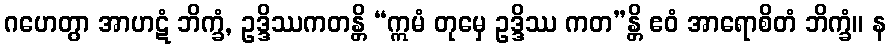
ဂဟေတွာ အာဟဋံ ဘိက္ခံ, ဥဒ္ဒိဿကတန္တိ “ဣမံ တုမှေ ဥဒ္ဒိဿ ကတ”န္တိ ဧဝံ အာရောစိတံ ဘိက္ခံ။ န